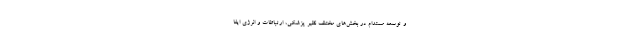
و توسعه مستدام در بخش‌های مختلف نظیر پزشکی، ارتباطات و انرژی ایفا